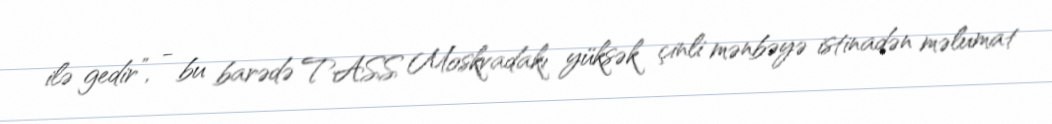
ilə gedir”, - bu barədə TASS Moskvadakı yüksək çinli mənbəyə istinadən məlumat